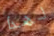
لهذا